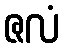
ဇလံ